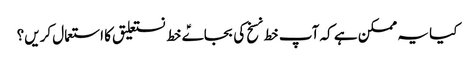
کیا یہ ممکن ہے کہ آپ خط نسخ کی بجاےؑ خط نستعلیق کا استعمال کریں؟